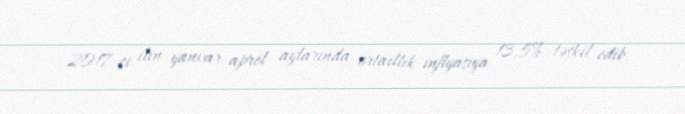
2017-ci ilin yanvar-aprel aylarında ortaillik inflyasiya 13,5% təşkil edib.